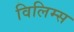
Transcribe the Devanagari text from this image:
विलिम्स